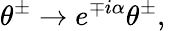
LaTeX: \theta^{\pm}\rightarrow e^{\mp i\alpha}\theta^{\pm},\quad